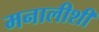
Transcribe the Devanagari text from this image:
मनालीशी